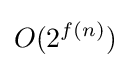
O(2^{f(n)})